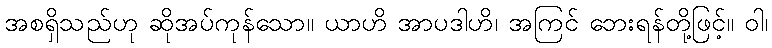
အစရှိသည်ဟု ဆိုအပ်ကုန်သော။ ယာဟိ အာပဒါဟိ၊ အကြင် ဘေးရန်တို့ဖြင့်။ ဝါ၊